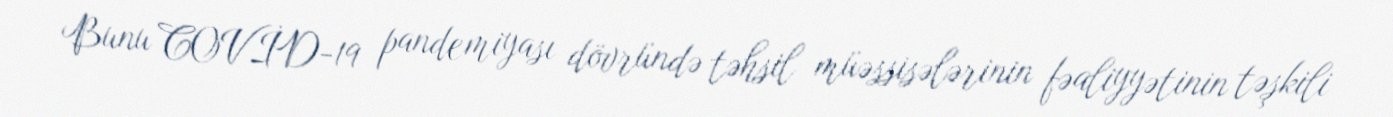
Bunu COVİD-19 pandemiyası dövründə təhsil müəssisələrinin fəaliyyətinin təşkili